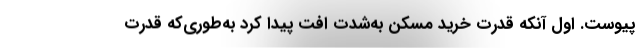
پیوست. اول آنکه قدرت خرید مسکن به‌شدت افت پیدا کرد به‌طوری‌که قدرت